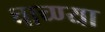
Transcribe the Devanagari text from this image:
चाच्ण्या